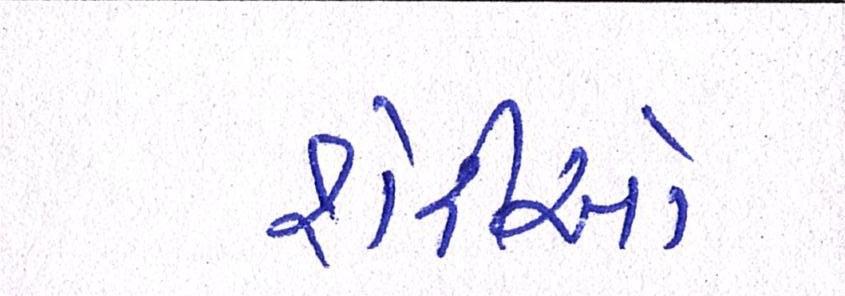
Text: શેરીઓ